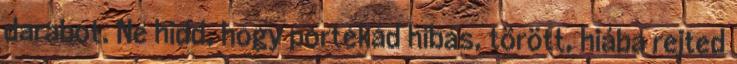
darabot. Ne hidd, hogy portékád hibás, törött, hiába rejted